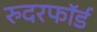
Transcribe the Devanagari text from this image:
रुदरफॉर्ड